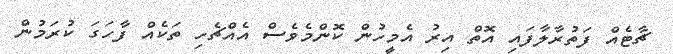
ޗާޓެއް ފަތުރާލާފައި އޮތް އިރު އެމީހުން ކޮންމެވެސް އެއްޗެހި ތަކެއް ފާހަގަ ކުރަމުން